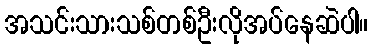
အသင်းသားသစ်တစ်ဦးလိုအပ်နေဆဲပါ။